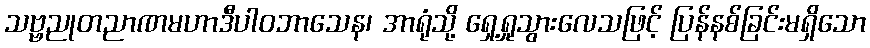
သဗ္ဗညုတညာဏမဟာဒီပါဝဘာသေန၊ အာရုံသို့ ရှေ့ရှုသွားလေသဖြင့် ပြန်နစ်ခြင်းမရှိသော